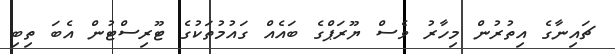
ޗައިނާގެ އިތުރުން މިހާރު ވެސް ޔޫރަޕްގެ ބައެއް ގައުމުތަކުގެ ޓޫރިސްޓުން އެބަ ތިބި